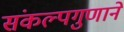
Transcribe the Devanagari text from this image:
संकल्पगुणाने